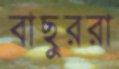
বাছুররা